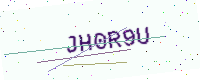
Text: JH0R9U